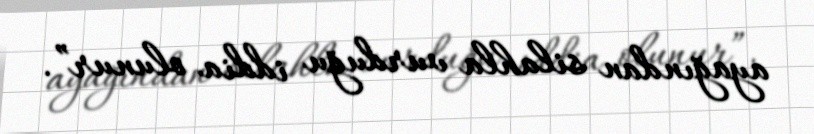
ayağından silahla vurduğu iddia olunur”.